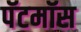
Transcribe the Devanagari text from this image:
पॅटमॉस